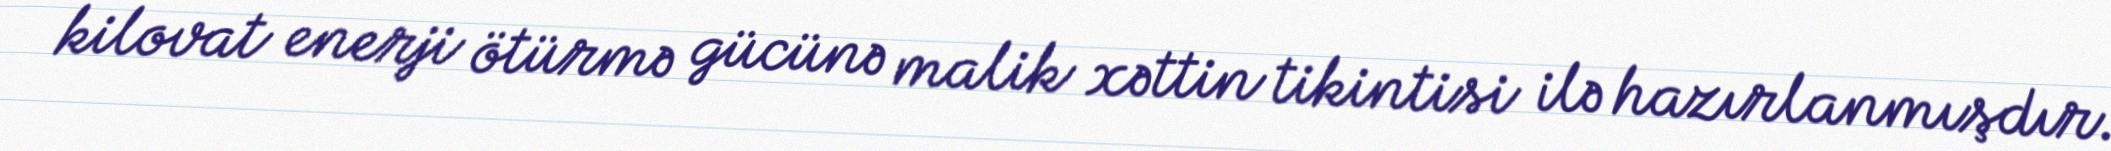
kilovat enerji ötürmə gücünə malik xəttin tikintisi ilə hazırlanmışdır.